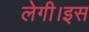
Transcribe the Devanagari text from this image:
लेगी।इस